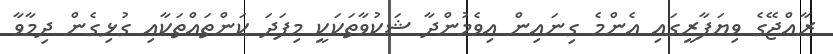
ރާއްޖޭގެ ވިޔަފާރީގައި އެންމެ ގިނައިން އިވެމުންދާ ޝަކުވާތަކަކީ މިފަދަ ކަންތައްތަކާއި ގުޅިގެން ދިމާވާ